Lunatic asylums Central Provinces reports 1910-1926 - 1910-1926
Year: 1910
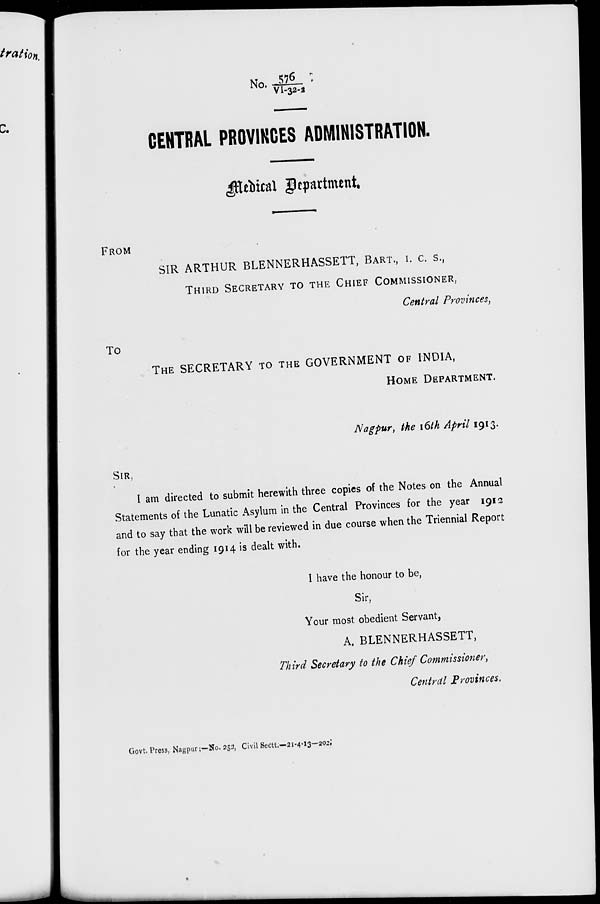
No. 576
VI-32-2
CENTRAL PROVINCES ADMINISTRATION.
Medical Department.
FROM
SIR ARTHUR BLENNERHASSETT, BART., I. C. S.,
THIRD SECRETARY TO THE CHIEF COMMISSIONER,
Central Provinces,
TO
THE SECRETARY TO THE GOVERNMENT OF INDIA,
HOME DEPARTMENT.
Nagpur, the 16th April 1913.
SIR,
I am directed to submit herewith three copies of the Notes on the Annual
Statements of the Lunatic Asylum in the Central Provinces for the year 1912
and to say that the work will be reviewed in due course when the Triennial Report
for the year ending 1914 is dealt with.
I have the honour to be,
Sir,
Your most obedient Servant,
A. BLENNERHASSETT,
Third Secretary to the Chief Commissioner,
Central Provinces.
Govt. Press, Nagpur :—No. 252, Civil Sectt.—21-4-13—202.